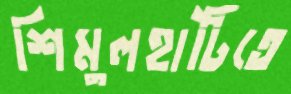
শিমুলহাটিতে